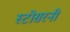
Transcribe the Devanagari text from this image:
स्टोसरनी